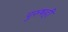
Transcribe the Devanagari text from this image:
पुरुषही